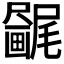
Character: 𫥯